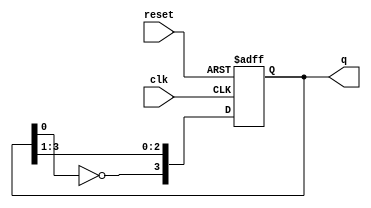
module johnson_counter (
    input wire clk,           // Clock signal
    input wire reset,         // Asynchronous reset signal
    output reg [3:0] q        // Output states (4 flip-flops)
);

    always @(posedge clk or posedge reset) begin
        if (reset) begin
            q <= 4'b0000;      // Initialize to 0000
        end else begin
            // Shift register logic with feedback
            q[3] <= ~q[0];      // Invert last flip-flop output and connect to first flip-flop
            q[2] <= q[3];       // Shift q3 to q2
            q[1] <= q[2];       // Shift q2 to q1
            q[0] <= q[1];       // Shift q1 to q0
        end
    end

endmodule